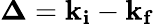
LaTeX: \mathbf{\Delta}=\mathbf{k_{i}}-\mathbf{k_{f}}